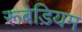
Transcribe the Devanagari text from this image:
रूबेडियम